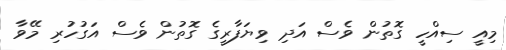
މިއީ ސިއްހީ ގޮތުން ވެސް އަދި ވިޔަފާރީގެ ގޮތުން ވެސް އަގުހުރި މޭވާ